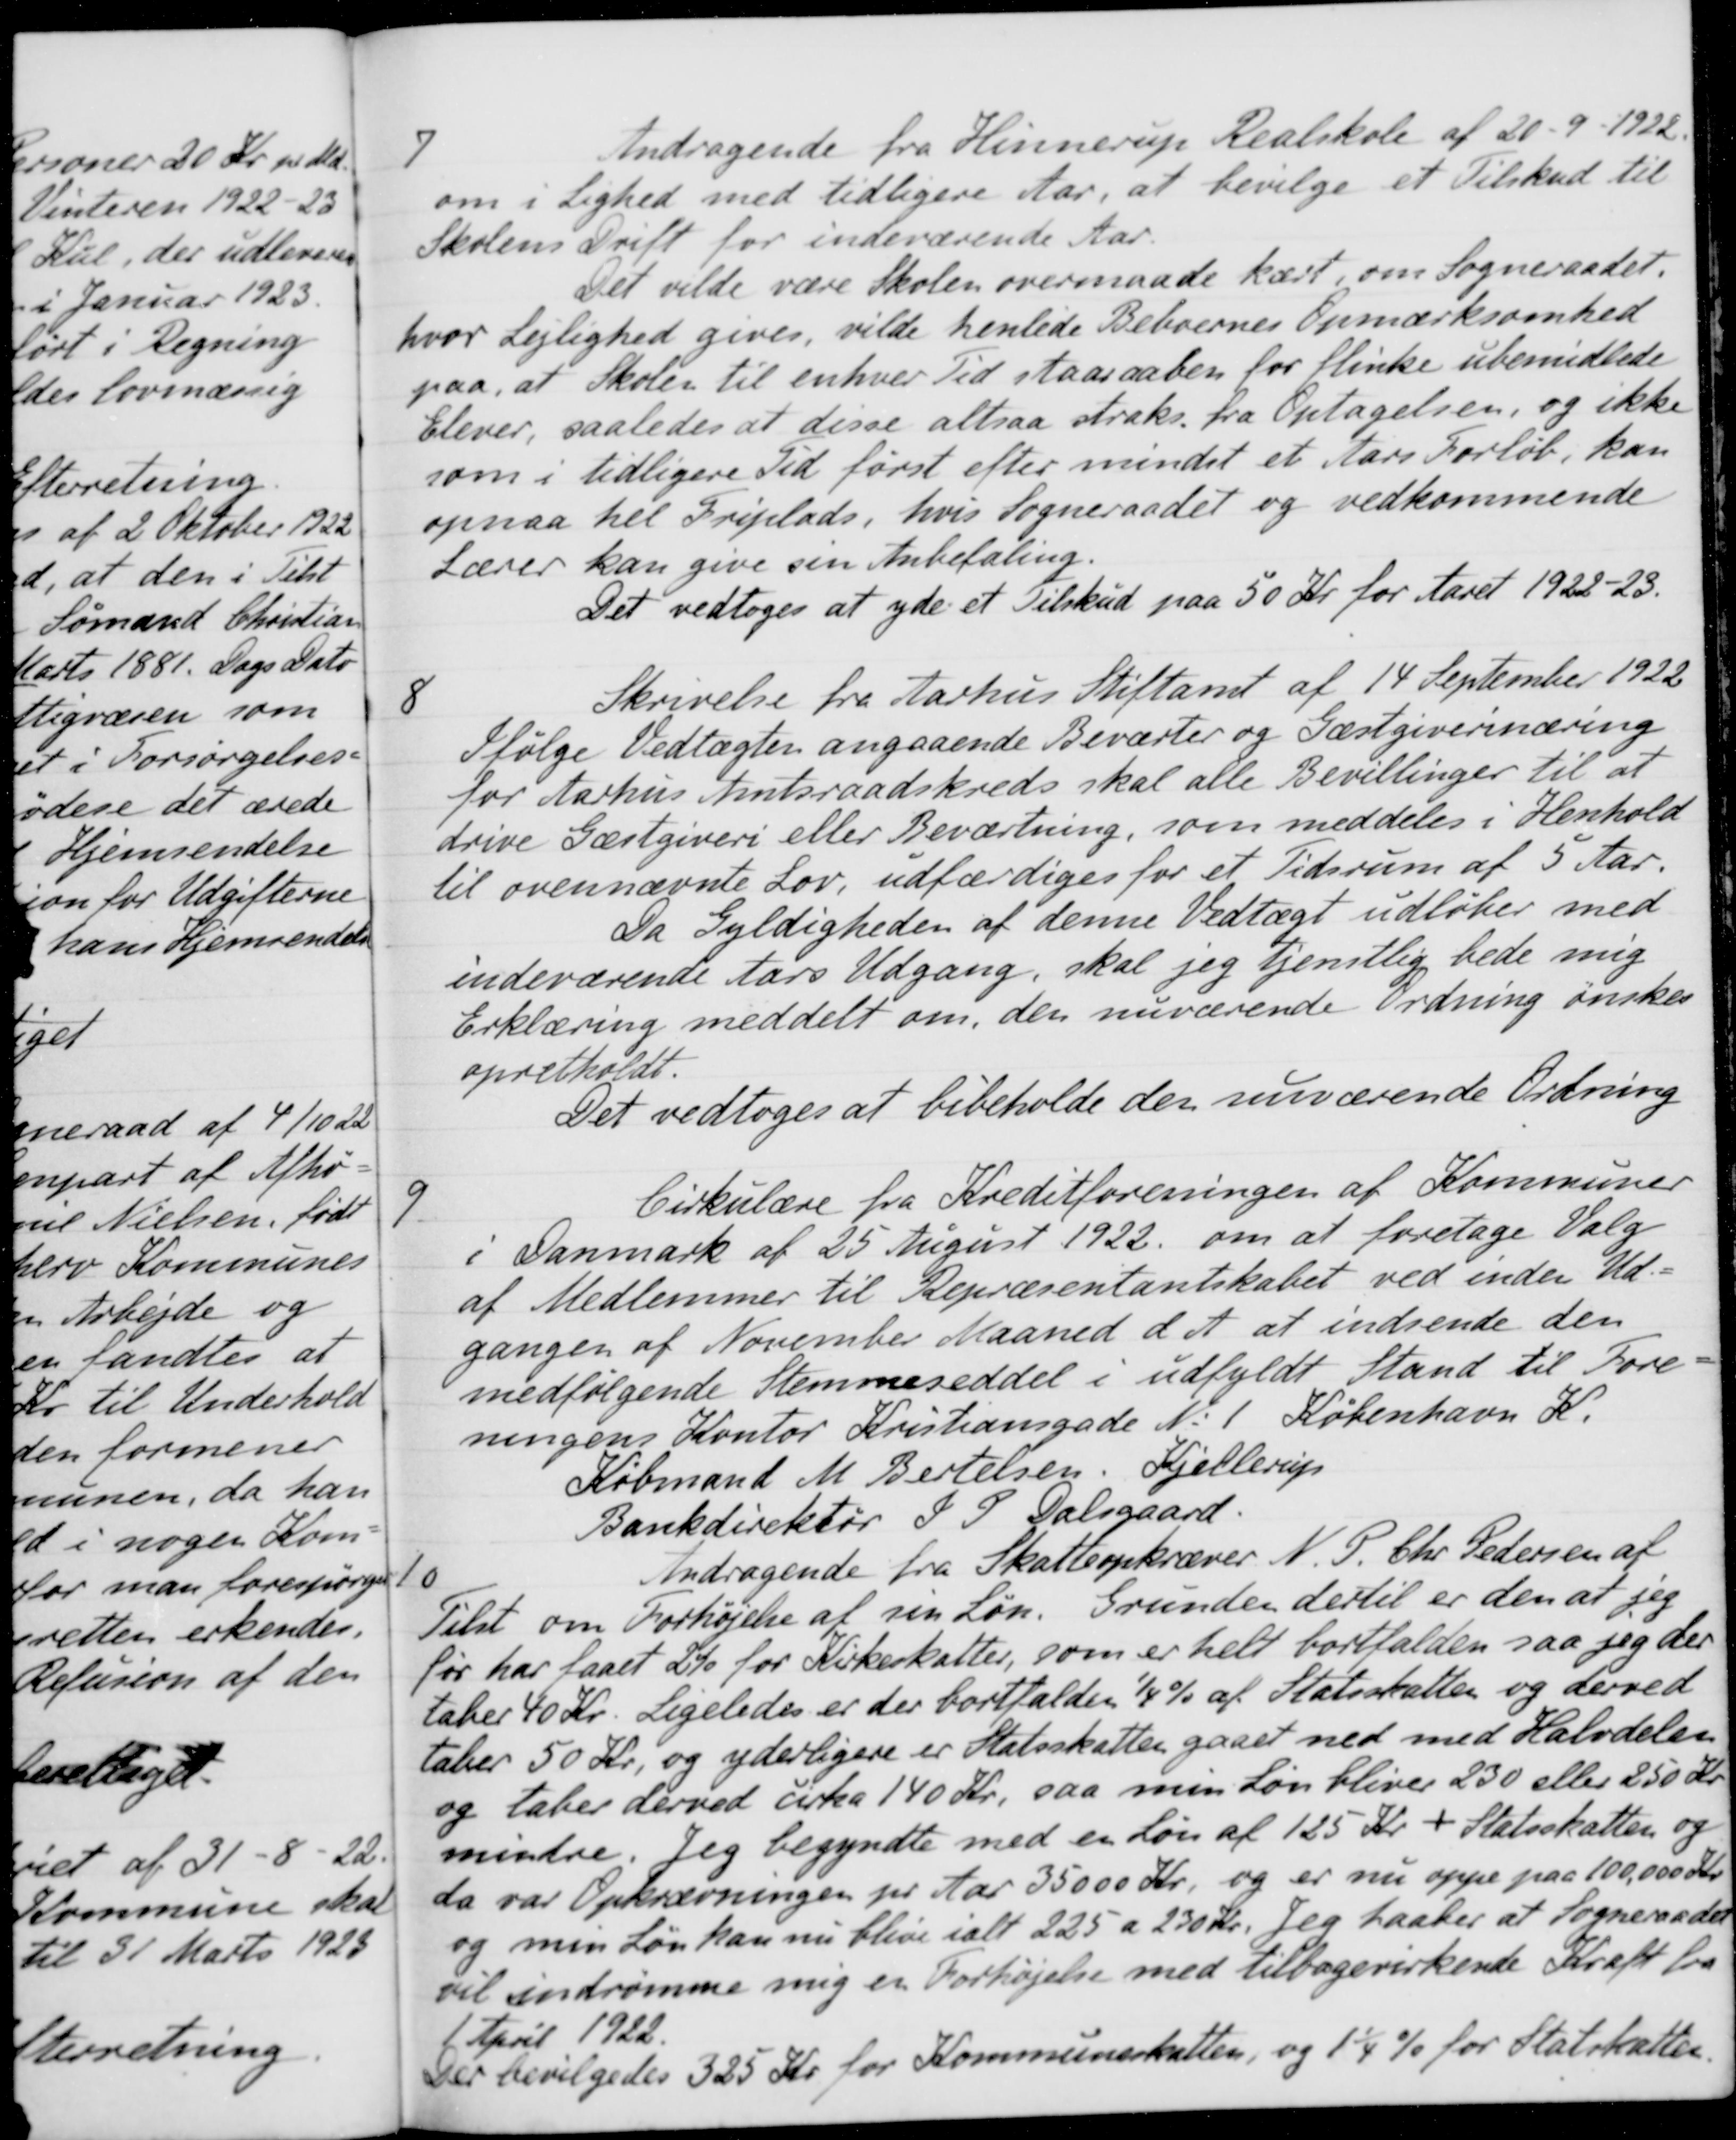
Transskription:
7
Andragende fra Hinnerup Realskole af 20-9-1922.
om i Lighed med tidligere Aar, at bevilge et Tilskud til
Skolens Drift for indeværende Aar.
Det vilde være Skolen overmaade kært, om Sogneraadet.
hvor Lejlighed gives, vilde henlede Beboernes Opmærksomhed
paa, at Skolen til enhver Tid staar aaben for flinke ubemidlede
Elever, saaledes at disse altsaa straks fra Optagelsen, og ikke
som i tidligere Tid først efter mindet et Aars Forløb, kan
opnaa til Friplads, hvis Sogneraadet og vedkommende
Lærer kan give sin Anbefaling.
Det vedtoges at yde et Tilskud paa 50 Kr. for Aaret 1922-23.
8
Skrivelse fra Aarhus Stiftamt af 14 September 1922
Ifølge Vedtægten angaaende Beværter og Gæstgiverinæring
for Aarhus Amtsraadskreds skal alle Bevillinger til at
drive Gæstgiveri eller Beværtning, som meddeles i Henhold
til ovennævnte Lov, udfærdiges for et Tidsrum af 5 Aar.
Da Gyldigheden af denne Vedtægt udløber med
indeværende Aars Udgang, skal jeg tjenstlig bede mig
Erklæring meddelt om, den nuværende Ordning ønskes
opretholdt.
Det vedtoges at bibeholde der nuværende Ordning
9
Cirkulære fra Kreditforeningen af Kommuner
i Danmark af 25 August 1922 om at foretage Valg
af Medlemmer til Repræsentantskabet ved inden Ud-
gangen af November Maaned d. A. at indsende den
medfølgende Stemmeseddel i udfyldt Stand til Fore-
ningens Kontor Kristiansgade N. 1 København K.
Købmand M. Bertelsen, Kjellerup
Bankdirektør S. P. Dalsgaard.
10
Andragende fra Skatteopkræver N. P. Chr. Pedersen af
Tilst om Forhøjelse af sin Løn. Grunden dertil er den at jeg
før har faaet 2% for Kirkeskatter, som er helt bortfalden saa jeg der
taber 40 Kr. Ligeledes er der bortfalder 1/4 % af Statsskatten og herved
taber 50 Kr, og yderligere er Statsskatten gaaet ned med Halvdelen
og laber derved cirka 140 Kr., saa min Løn bliver 230 eller 250 Kr
mindre. Jeg begyndte med en Løn af 125 Kr. + Statsskatten og
da var Opkrævningen pr Aar 35000 Kr. og er nu oppe paa 100,000 Kr.
og min Løn kan nu blive ialt 225 a 230 kr. Jeg haaber at Sogneraadet
vil indrømme mig er Forhøjelse med tilbagevirkende Kraft fra
1. April 1922.
Der bevilgedes 325 Kr for Kommuneskatten, og 1 1/4 % for Statskatter.